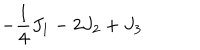
- \frac { 1 } { 4 } J _ { 1 } - 2 J _ { 2 } + J _ { 3 }